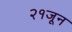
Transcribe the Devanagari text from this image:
२१जून